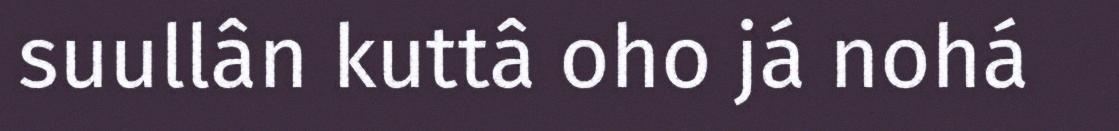
suullân kuttâ oho já nohá